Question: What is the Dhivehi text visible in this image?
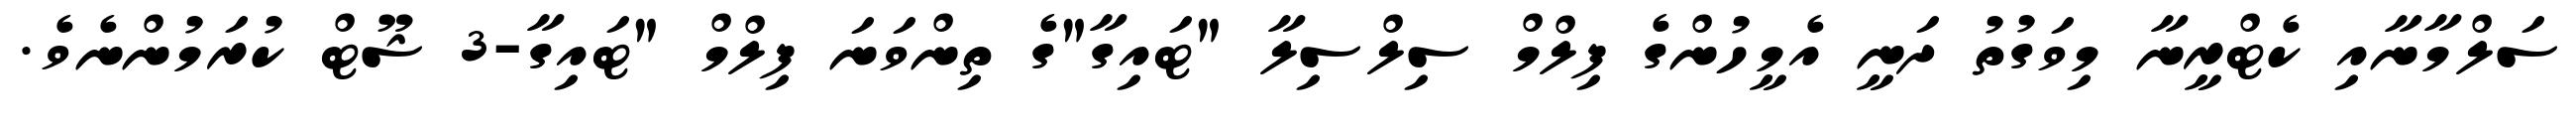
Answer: ސަލްމާނާއި ކެޓްރީނާ މިވަގުތު ދަނީ އެމީހުންގެ ފިލްމް ސިލްސިލާ "ޓައިގާ"ގެ ތިންވަނަ ފިލްމް "ޓައިގާ-3 ޝޫޓް ކުރަމުންނެވެ.